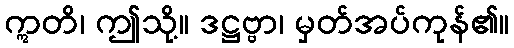
ဣတိ၊ ဤသို့။ ဒဋ္ဌဗ္ဗာ၊ မှတ်အပ်ကုန်၏။